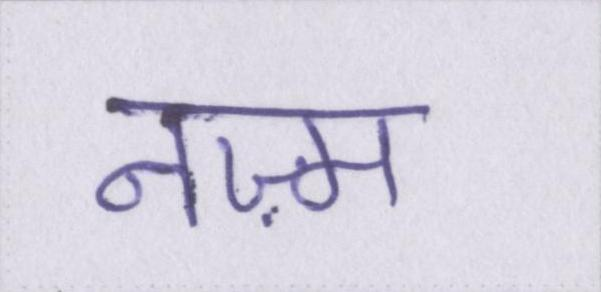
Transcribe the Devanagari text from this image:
नज़्म